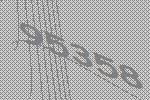
95358